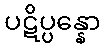
ပဋိပ္ပန္နော